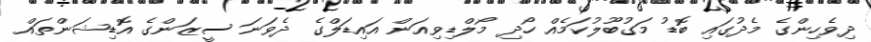
ދިވެހިންގެ މެދުގައި ބޮޑު މަގުބޫލުކަމެއް ހޯދި މޯލްޑިވިއަން އައިޑަލްގެ ދެވަނަ ސީޒަންގެ އޮޑިޝަންތައް